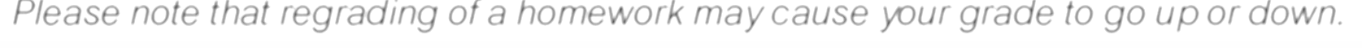
Please note that regrading of a homework may cause your grade to go up or down.